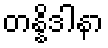
တန္နိဒါနာ